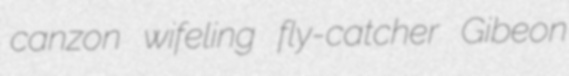
canzon wifeling fly-catcher Gibeon